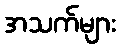
အသက်များ